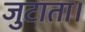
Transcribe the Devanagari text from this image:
जुटाता।